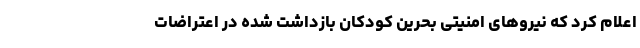
اعلام کرد که نیروهای امنیتی بحرین کودکان بازداشت شده در اعتراضات